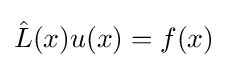
{\textstyle {\hat {L}}(x)u(x)=f(x)}